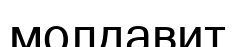
молдавит